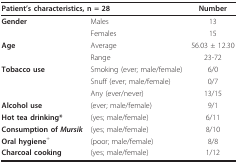
<table><thead><tr><td colspan="2"><b>Patient&#x27;s characteristics, n = 28</b></td><td><b>Number</b></td></tr></thead><tbody><tr><td><b>Gender</b></td><td>Males</td><td>13</td></tr><tr><td></td><td>Females</td><td>15</td></tr><tr><td><b>Age</b></td><td>Average</td><td>56.03 ± 12.30</td></tr><tr><td></td><td>Range</td><td>23-72</td></tr><tr><td><b>Tobacco use</b></td><td>Smoking (ever; male/female)</td><td>6/0</td></tr><tr><td></td><td>Snuff (ever; male/female)</td><td>0/7</td></tr><tr><td></td><td>Any (ever/never)</td><td>13/15</td></tr><tr><td><b>Alcohol use</b></td><td>(ever; male/female)</td><td>9/1</td></tr><tr><td><b>Hot tea drinking*</b></td><td>(yes; male/female)</td><td>6/11</td></tr><tr><td><b>Consumption of <i>Mursik</i></b></td><td>(yes; male/female)</td><td>8/10</td></tr><tr><td><b>Oral hygiene</b><sup>+</sup></td><td>(poor; male/female)</td><td>8/8</td></tr><tr><td><b>Charcoal cooking</b></td><td>(yes; male/female)</td><td>1/12</td></tr></tbody></table>